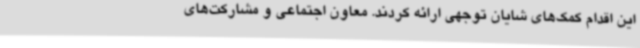
این اقدام کمک‌های شایان توجهی ارائه کردند. معاون اجتماعی و مشارکت‌های